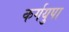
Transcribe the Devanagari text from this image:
कर्गयुपा